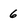
Character: 6